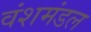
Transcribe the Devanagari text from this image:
वंशमंडल